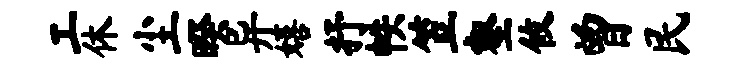
工休尘暌异嬉抒帙笠壑攸曾民